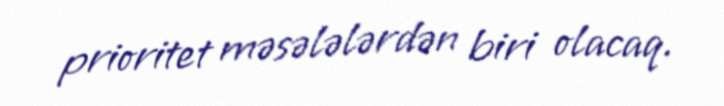
prioritet məsələlərdən biri olacaq.